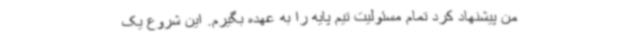
من پیشنهاد کرد تمام مسئولیت تیم پایه را به عهده بگیرم. این شروع یک